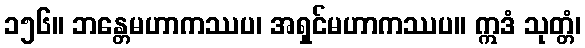
၁၅၆။ ဘန္တေမဟာကဿပ၊ အရှင်မဟာကဿပ။ ဣဒံ သုတ္တံ၊